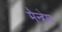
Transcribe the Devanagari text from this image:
मैन्हेम